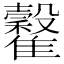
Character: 𩁡